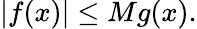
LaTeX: |f(x)|\leq Mg(x).